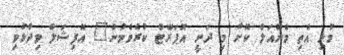
މުޅި އެތި މެނުއަލް ކޮށް މި ދަނީ އޮޕަރޭޓް ކުރެވެމުން" އޮފިޝަލް ވިދާޅުވި